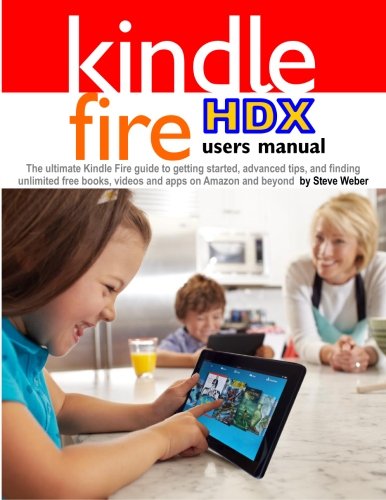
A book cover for Kindle Fire HDX Users Manual: The Ultimate Kindle Fire Guide to Getting Started, Advanced Tips, and Finding Unlimited Free Books, Videos and Apps on Amazon and Beyond; Steve Weber; Computers & Technology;